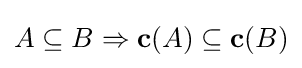
A\subseteq B\Rightarrow \mathbf {c} (A)\subseteq \mathbf {c} (B)